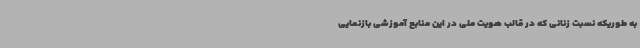
به طوریکه نسبت زنانی که در قالب هویت ملی در این منابع آموزشی بازنمایی